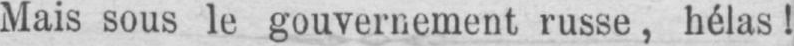
Mais sous le gouvernement russe, hélas!